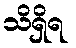
သိရှိရ